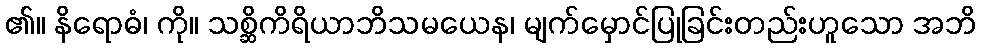
၏။ နိရောဓံ၊ ကို။ သစ္ဆိကိရိယာဘိသမယေန၊ မျက်မှောင်ပြုခြင်းတည်းဟူသော အဘိ